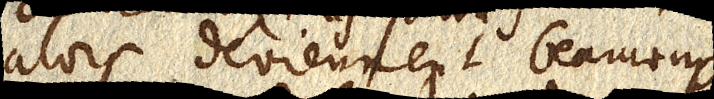
alors deviennent beaucoup